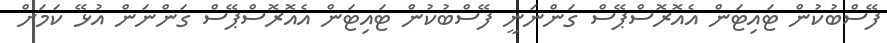
ފޭސްބުކުން ޓައިޓަން އެއޮރޮސްޕޭސް ގަންނަނީ ފޭސްބުކުން ޓައިޓަން އެއޮރޮސްޕޭސް ގަންނަން އުޅޭ ކަމަށް